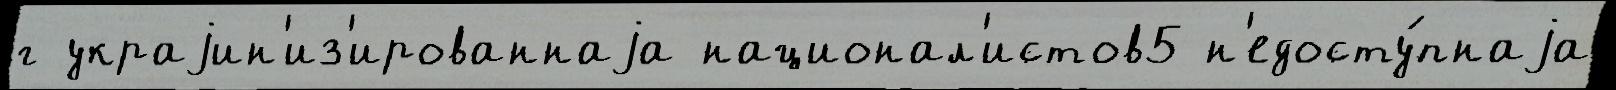
г украjин'из'ированнаjа национал'истов5 н'едосту́пнаjа